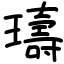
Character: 璹